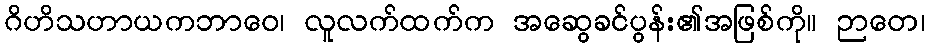
ဂိဟိသဟာယကဘာဝေ၊ လူလက်ထက်က အဆွေခင်ပွန်း၏အဖြစ်ကို။ ဉာတေ၊